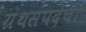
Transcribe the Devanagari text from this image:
ग्रंथसंपदेची